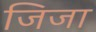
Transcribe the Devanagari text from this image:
जिजा